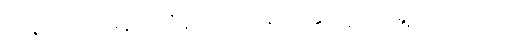
ကုန်းပေါ်ကနေပဲ ထိန်းကျောင်းပေးနိုင်ဖို့ ရည်ရွယ်ပါတယ်။